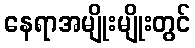
နေရာအမျိုးမျိုးတွင်